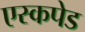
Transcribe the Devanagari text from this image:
एस्कपेड